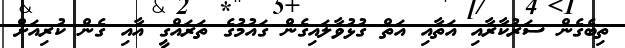
ތިބެގެން ސަރުކާރާއި އަތާއި އަތް ގުޅުވާލައިގެން ގައުމުގެ ތަރައްގީ އާއި ގެން ކުރިއަށް